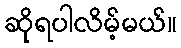
ဆိုရပါလိမ့်မယ်။